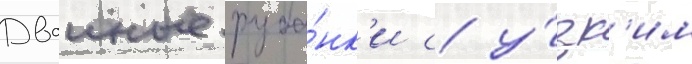
Двоиные руба́нк'и с у́зк'им